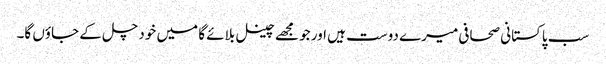
سب پاکستانی صحافی میرے دوست ہیں اور جو مجھے چینل بلائے گا میں خود چل کے جاؤں گا۔